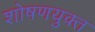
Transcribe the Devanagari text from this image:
शोषणयुक्त